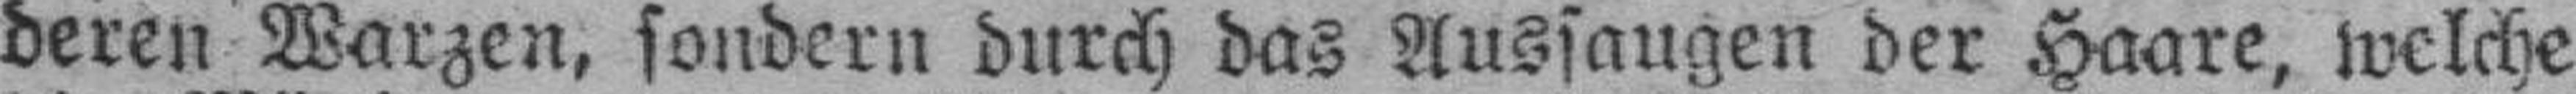
deren Warzen, sondern durch das Aussaugen der Haare, welche